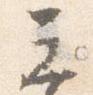
元